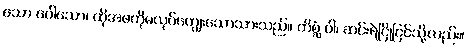
သော ပေါသော၊ ထိုအဖကိုမလုပ်ကျွေးသောသားသည်။ ကိစ္ဆံ ဝါ၊ ဆင်းရဲငြိုငြင်သို့လည်း။